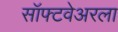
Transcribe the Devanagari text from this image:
सॉफ्टवेअरला